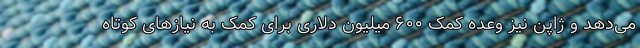
می‌دهد و ژاپن نیز وعده کمک ۶۰۰ میلیون دلاری برای کمک به نیاز‌های کوتاه